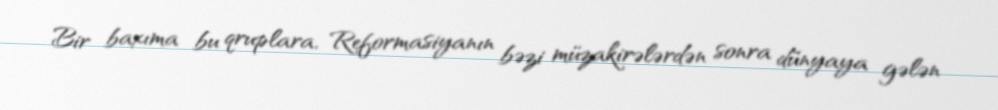
Bir baxıma bu qruplara, Reformasiyanın bəzi müzakirələrdən sonra dünyaya gələn